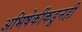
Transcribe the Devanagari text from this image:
अभिषेकींकडूनही